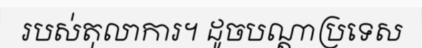
របស់តុលាការ។ ដូចបណ្តាប្រទេស